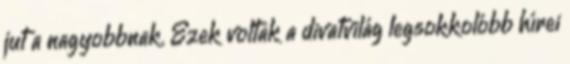
jut a nagyobbnak. Ezek voltak a divatvilág legsokkolóbb hírei